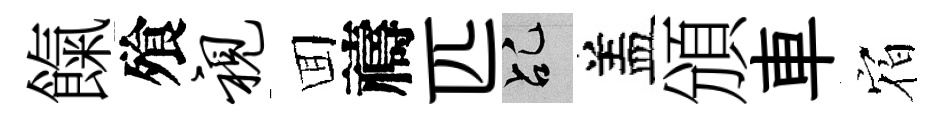
餼飱视囬禱匹乩盖頒車𪧐